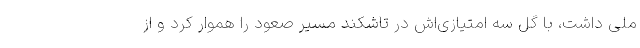
ملی داشت، با گل سه امتیازی‌اش در تاشکند مسیر صعود را هموار کرد و از